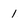
Character: 1